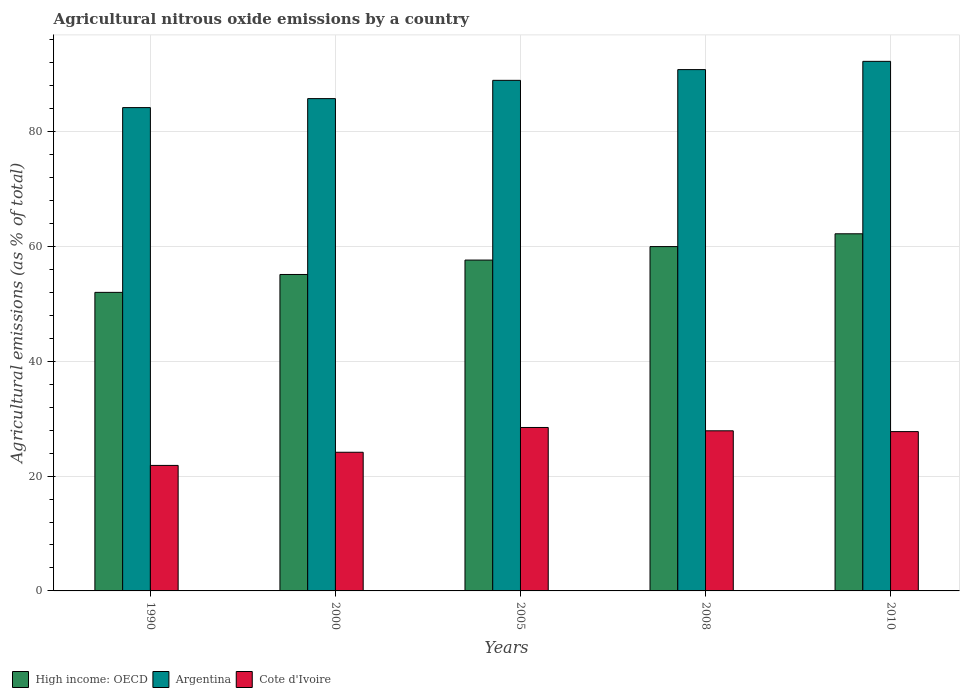
| Years | High income: OECD | Argentina | Cote d'Ivoire |
 | --- | --- | --- | --- |
 | 1990 | 52 | 84.2 | 21.9 |
 | 2000 | 55.1 | 85.7 | 24.1 |
 | 2005 | 57.6 | 88.9 | 28.5 |
 | 2008 | 60 | 90.8 | 27.9 |
 | 2010 | 62.2 | 92.2 | 27.7 |